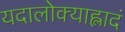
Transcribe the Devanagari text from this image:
यदालोक्याह्लादं